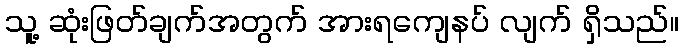
သူ့ ဆုံးဖြတ်ချက်အတွက် အားရကျေနပ် လျက် ရှိသည်။